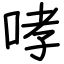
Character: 哮